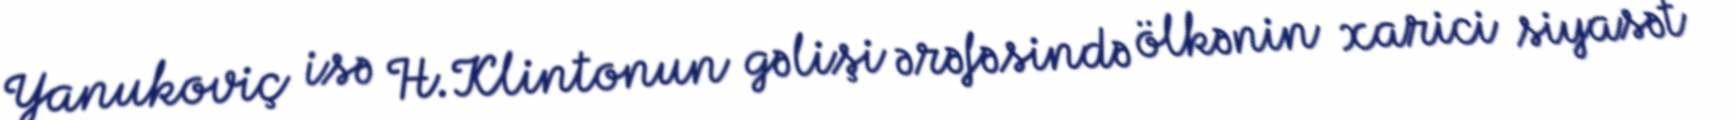
Yanukoviç isə H.Klintonun gəlişi ərəfəsində ölkənin xarici siyasət